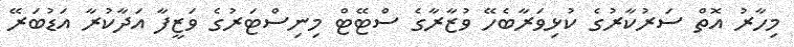
މިހާރު އޮތް ސަރުކާރުގެ ކުޅިވަރާބެހޭ ވުޒާރާގެ ސްޓޭޓް މިނިސްޓަރުގެ ވަޒީފާ އަދާކުރާ އަޑުބަރޭ